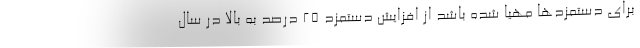
براي دستمزدها مهيا شده باشد از افزايش دستمزد ۲۵ درصد به بالا در سال